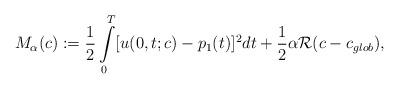
LaTeX: \begin{align*} M_{\alpha }(c):=\frac{1}{2}\int\limits_{0}^{T}[u(0,t;c)-p_{1}(t)]^{2}dt+\frac{1}{2}\alpha \mathcal{R}(c-c_{glob}),\end{align*}